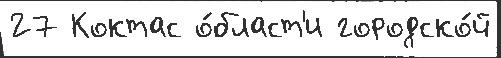
27 Коктас о́бласт'и городско́й